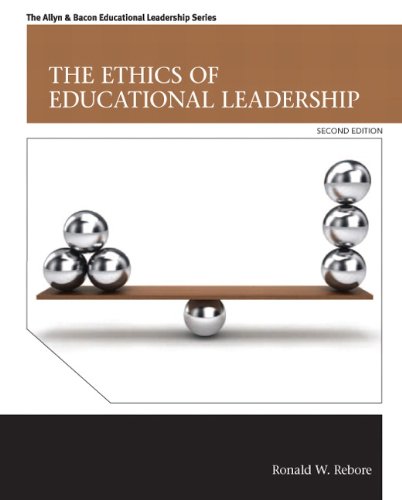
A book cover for The Ethics of Educational Leadership (2nd Edition) (New 2013 Ed Leadership Titles); Ronald W. Rebore; Business & Money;